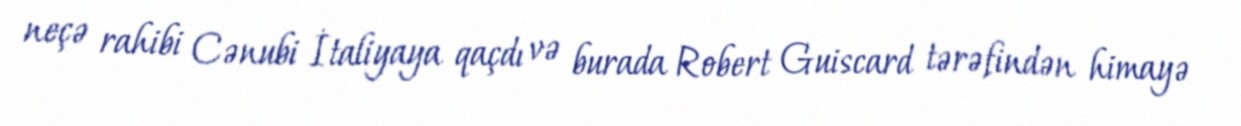
neçə rahibi Cənubi İtaliyaya qaçdı və burada Robert Guiscard tərəfindən himayə